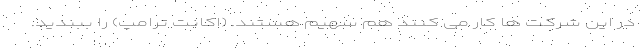
در این شرکت ها کار می کنند هم سهیم هستند. (اکانت ترامپ) را ببندید.